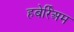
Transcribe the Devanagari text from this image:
हबेर्रिअम